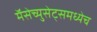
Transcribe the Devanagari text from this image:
मॅसेच्युसेट्समध्येच